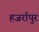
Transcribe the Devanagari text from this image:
हजर्रापुर